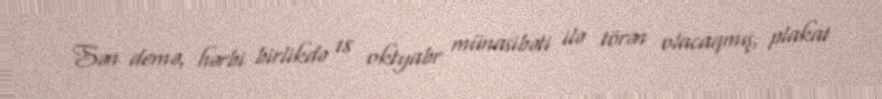
Sən demə, hərbi birlikdə 18 oktyabr münasibəti ilə törən olacaqmış, plakat